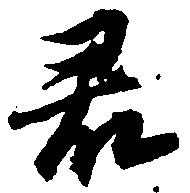
君